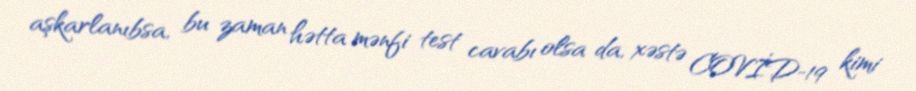
aşkarlanıbsa, bu zaman hətta mənfi test cavabı olsa da, xəstə COVİD-19 kimi